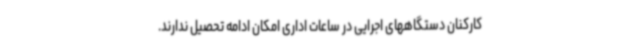
کارکنان دستگاههای اجرایی در ساعات اداری امکان ادامه تحصیل ندارند.